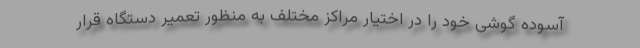
آسوده گوشی خود را در اختیار مراکز مختلف به منظور تعمیر دستگاه قرار